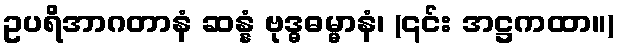
ဥပရိအာဂတာနံ ဆန္နံ ဗုဒ္ဓဓမ္မာနံ၊ (၎င်း အဋ္ဌကထာ။)